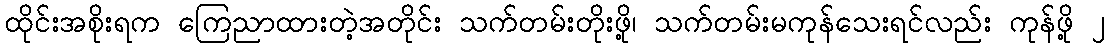
ထိုင်းအစိုးရက ကြေညာထားတဲ့အတိုင်း သက်တမ်းတိုးဖို့၊ သက်တမ်းမကုန်သေးရင်လည်း ကုန်ဖို့ ၂